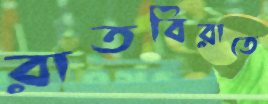
রাতবিরাতে